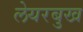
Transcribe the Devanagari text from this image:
लेयरबुख